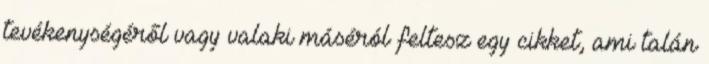
tevékenységéről vagy valaki máséról feltesz egy cikket, ami talán